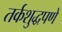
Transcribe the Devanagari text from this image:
तर्कशुद्धपणे